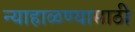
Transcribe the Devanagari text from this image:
न्याहाळण्यासाठी